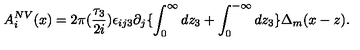
A _ { i } ^ { N V } ( x ) = 2 \pi ( \frac { \tau _ { 3 } } { 2 i } ) \epsilon _ { i j 3 } \partial _ { j } \{ \int _ { 0 } ^ { \infty } d z _ { 3 } + \int _ { 0 } ^ { - \infty } d z _ { 3 } \} \Delta _ { m } ( x - z ) .